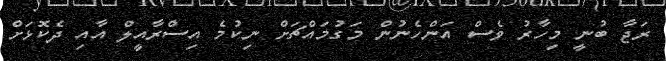
ރަޖާ ބުނީ މިހާރު ވެސް އަންހެނުން މަގުމައްޗަށް ނިކުމެ އިސްރާއީލް އާއި ދެކޮޅަށް